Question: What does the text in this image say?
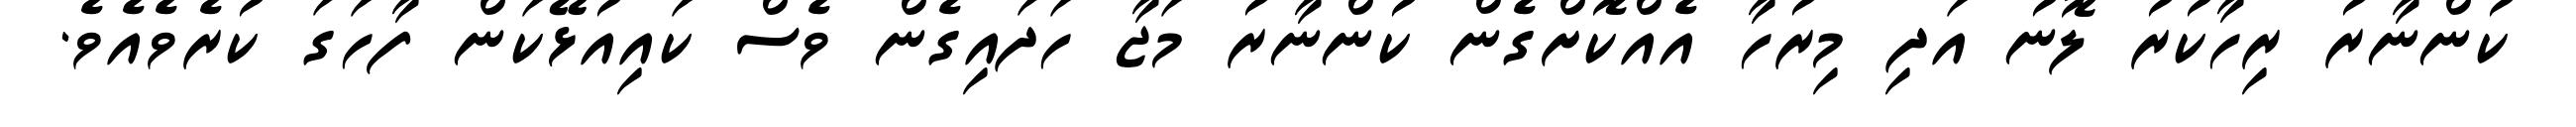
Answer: ކުންނާރު ރިހާކުރު ލޮނު އަދި މިރުހާ އެއްކޮށްގެން ކުންނާރު މަޖާ ހަދައިގެން ވެސް ކައިއުޅޭކަން ފާހަގަ ކުރެވެއެވެ.